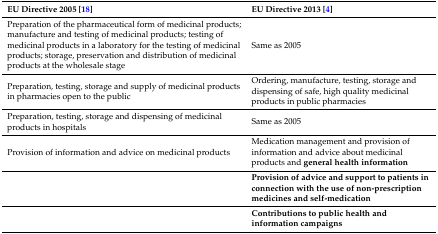
<table><thead><tr><td><b>EU Directive 2005 [18]</b></td><td><b>EU Directive 2013 [4]</b></td></tr></thead><tbody><tr><td>Preparation of the pharmaceutical form of medicinal products; manufacture and testing of medicinal products; testing of medicinal products in a laboratory for the testing of medicinal products; storage, preservation and distribution of medicinal products at the wholesale stage</td><td>Same as 2005</td></tr><tr><td>Preparation, testing, storage and supply of medicinal products in pharmacies open to the public</td><td>Ordering, manufacture, testing, storage and dispensing of safe, high quality medicinal products in public pharmacies</td></tr><tr><td>Preparation, testing, storage and dispensing of medicinal products in hospitals</td><td>Same as 2005</td></tr><tr><td>Provision of information and advice on medicinal products</td><td>Medication management and provision of information and advice about medicinal products and <b>general health information</b></td></tr><tr><td></td><td><b>Provision of advice and support to patients in connection with the use of non-prescription medicines and self-medication</b></td></tr><tr><td></td><td><b>Contributions to public health and information campaigns</b></td></tr></tbody></table>